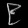
Digit: ၉